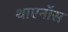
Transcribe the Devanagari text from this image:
थाएनॉस